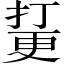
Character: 𱠘